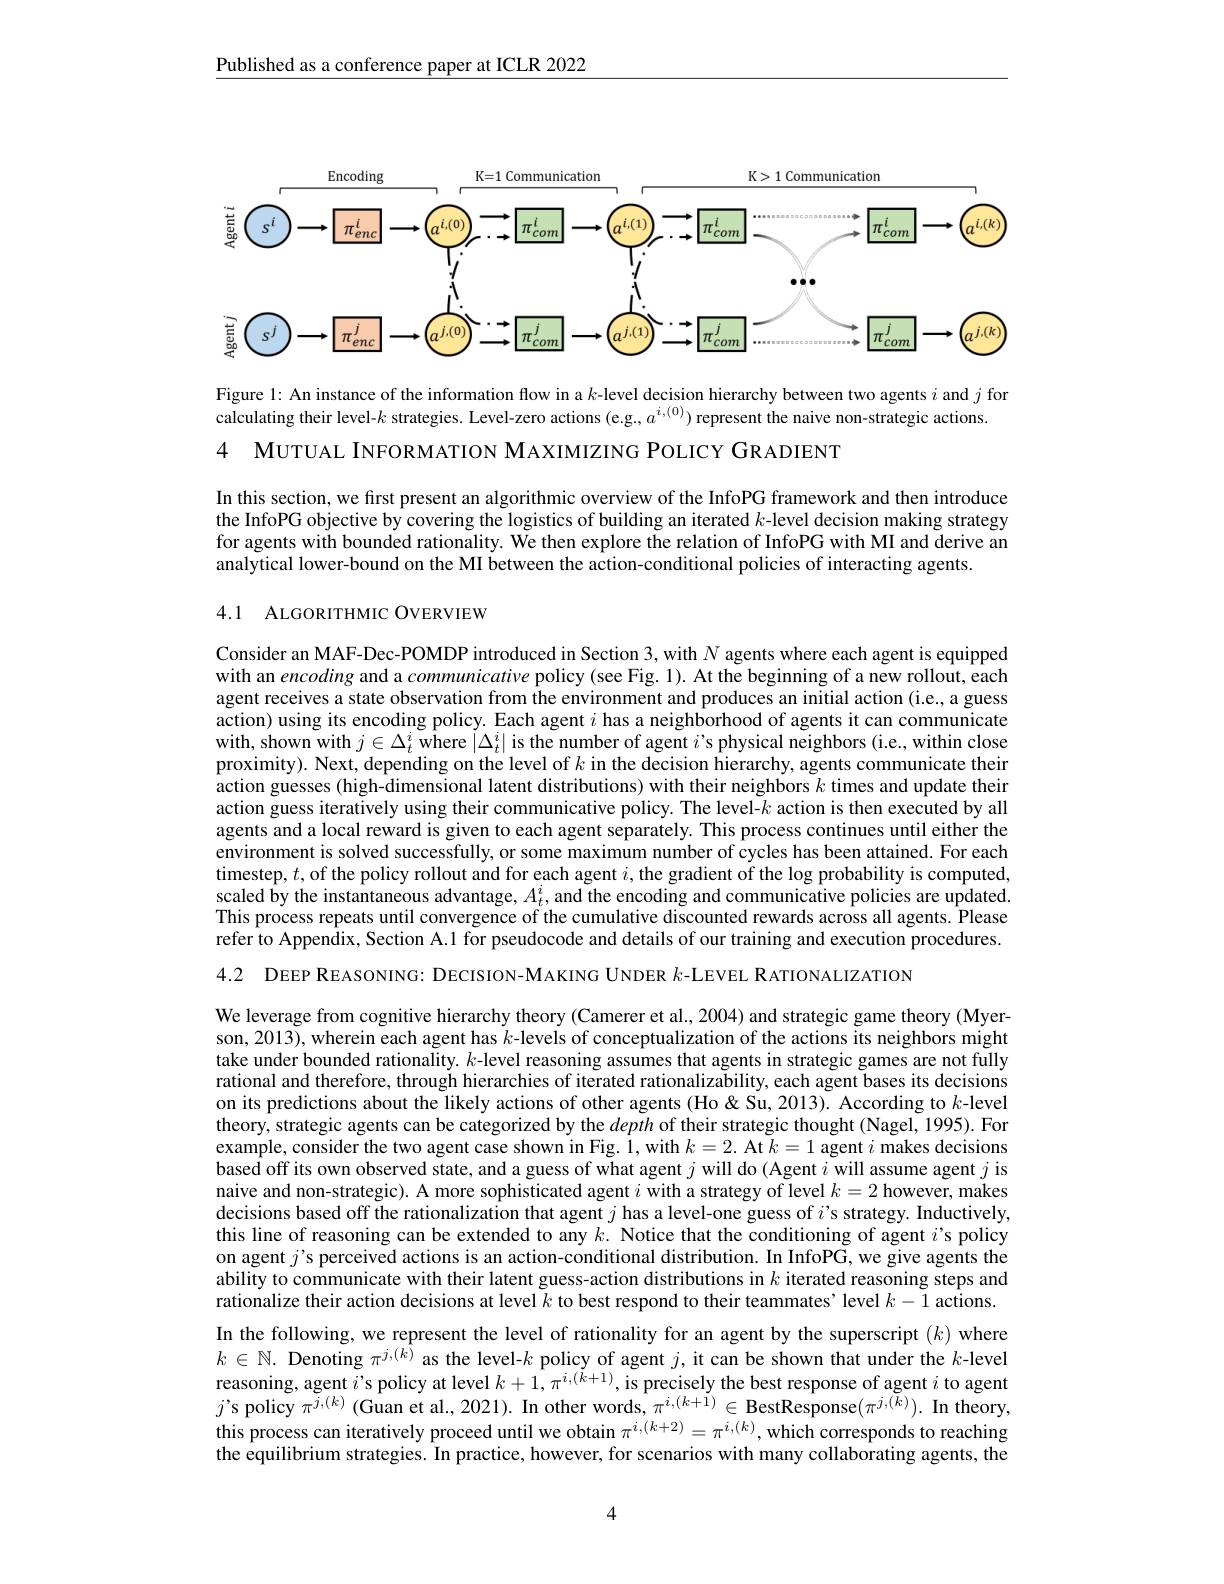
Published as a conference paper at ICLR 2022

<FigureHere>

Figure 1: An instance of the information flow in a $k$-level decision hierarchy between two agents $i$ and $j$ for
calculating their level-$k$ strategies. Level-zero actions (e.g., $a^{i,(0)})$ represent the naive non-strategic actions.
4 МUTUAL INFORMATION MAXIMIZING POLICY GRADIENT

In this section, we first present an algorithmic overview of the InfoPG framework and then introduce the InfoPG objective by covering the logistics of building an iterated $k$-level decision making strategy for agents with bounded rationality. We then explore the relation of InfoPG with MI and derive an analytical lower-bound on the MI between the action-conditional policies of interacting agents.

## 4.1 ALGORITHMIC OVERVIEW

Consider an MAF-Dec-POMDP introduced in Section 3, with $N$ agents where each agent is equipped with an encoding and a communicative policy (see Fig. 1). At the beginning of a new rollout, each agent receives a state observation from the environment and produces an initial action (i.e., a guess action) using its encoding policy. Each agent $i$ has a neighborhood of agents it can communicate with, shown with $j\in\Delta_t^i$ where $|\Delta_t^i|$ is the number of agent $i$ 's physical neighbors (i.e., within close proximity). Next, depending on the level of $k$ in the decision hierarchy, agents communicate their action guesses (high-dimensional latent distributions) with their neighbors $k$ times and update their action guess iteratively using their communicative policy. The level-$k$ action is then executed by all agents and a local reward is given to each agent separately. This process continues until either the environment is solved successfully, or some maximum number of cycles has been attained. For each timestep, $t$, of the policy rollout and for each agent $i$, the gradient of the log probability is computed, scaled by the instantaneous advantage, $A_t^i$, and the encoding and communicative policies are updated This process repeats until convergence of the cumulative discounted rewards across all agents. Please refer to Appendix, Section A.1 for pseudocode and details of our training and execution procedures.

4.2 DEEP REASONING: DECISION-MAKING UNDER $k$-LEVEL RATIONALIZATION

We leverage from cognitive hierarchy theory (Camerer et al., 2004) and strategic game theory (Myerson, 2013), wherein each agent has $k$-levels of conceptualization of the actions its neighbors might take under bounded rationality. $k$-level reasoning assumes that agents in strategic games are not fully rational and therefore, through hierarchies of iterated rationalizability, each agent bases its decisions on its predictions about the likely actions of other agents (Ho&Su, 2013). According to $k$-level theory, strategic agents can be categorized by the depth of their strategic thought (Nagel, 1995). For example, consider the two agent case shown in Fig. i, with $k= 2.$At $\tilde{k} = 1$ agent $i$ makes decisions based off its own observed state, and a guess of what agent $j$ will do (Agent $i$ will assume agent $j$ is naive and non-strategic). A more sophisticated agent $i$ with a strategy of level $k=2$ however, makes decisions based off the rationalization that agent $j$ has a level-one guess of $i$ 's strategy. Inductively, this line of reasoning can be extended to any $k.$ Notice that the conditioning of agent $i$ s policy on agent $j$'s perceived actions is an action-conditional distribution. In InfoPG, we give agents the ability to communicate with their latent guess-action distributions in $k$ iterated reasoning steps and rationalize their action decisions at level $k$ to best respond to their teammates' level $k-1$ actions. In the following, we represent the level of rationality for an agent by the superscript $(k)$ where $k\in\mathbb{N}.$ Denoting $\pi^j,(k)$ as the level-$k$ policy of agent $j$, it can be shown that under the $k$-level reasoning, agent $i$'s policy at level $k+1,\pi^{i,(k+1)}$, is precisely the best response of agent $i$ to agent $j^{\prime}$s policy $\pi^{j,(k)}\left(\text{Guan et al., 2021). In other words, }\pi^{i,(k+\tilde{1})}\in\textbf{BestResponse}(\pi^{j,(k)}).\textbf{ In theory,}(-1)\right]$ this process can iteratively proceed until we obtain $\pi^{i,(k+2)}=\pi^{i,(k)}$, which corresponds to reaching the equilibrium strategies. In practice, however, for scenarios with many collaborating agents, the

4